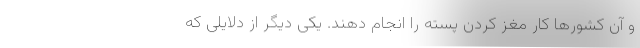
و آن کشورها کار مغز کردن پسته را انجام دهند. یکی دیگر از دلایلی که